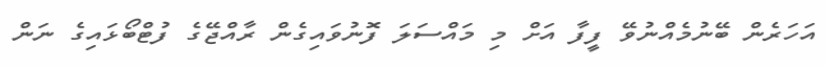
އަހަރެން ބޭނުމެއްނުވޭ ފީފާ އަށް މި މައްސަލަ ފޮނުވައިގެން ރާއްޖޭގެ ފުޓްބޯޅައިގެ ނަން